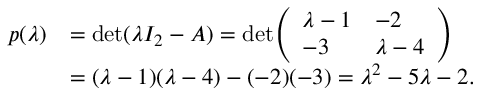
{ \begin{array} { r l } { p ( \lambda ) } & { = \operatorname* { d e t } ( \lambda I _ { 2 } - A ) = \operatorname* { d e t } \! { \left( \begin{array} { l l } { \lambda - 1 } & { - 2 } \\ { - 3 } & { \lambda - 4 } \end{array} \right) } } \\ & { = ( \lambda - 1 ) ( \lambda - 4 ) - ( - 2 ) ( - 3 ) = \lambda ^ { 2 } - 5 \lambda - 2 . } \end{array} }